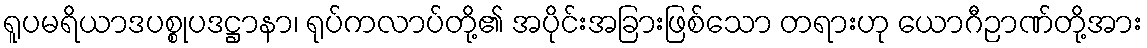
ရူပမရိယာဒပစ္စုပဒဋ္ဌာနာ၊ ရုပ်ကလာပ်တို့၏ အပိုင်းအခြားဖြစ်သော တရားဟု ယောဂီဉာဏ်တို့အား